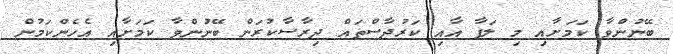
ބޭނުންވާ ކަމަށާއި މި ލަފާ އާއި ކަރުދާސްތައް ދިރާސާކުރަން ބޭނުންވާ ކަމަށާއި އެހެންކަމުން